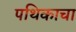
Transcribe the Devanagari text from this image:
पथिकाचा